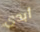
أبدى